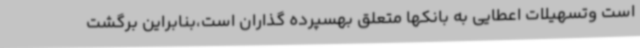
است وتسهیلات اعطایی به بانکها متعلق بهسپرده گذاران است،بنابراین برگشت